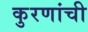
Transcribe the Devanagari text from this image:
कुरणांची